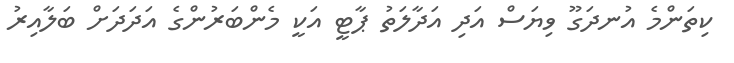
ކިތަންމެ އުނދަގޫ ވިޔަސް އަދި އަދާލަތު ޕާޓީ އަކީ މެންބަރުންގެ އަދަދަށް ބަލާއިރު